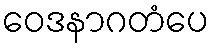
ဝေဒနာဂတံပေ